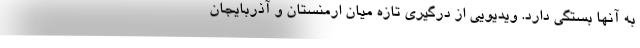
به آنها بستگی دارد. ویدیویی از درگیری تازه میان ارمنستان و آذربایجان